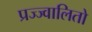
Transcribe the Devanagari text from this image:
प्रज्ज्वालितो